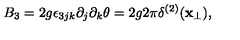
B _ { 3 } = 2 g \epsilon _ { 3 j k } \partial _ { j } \partial _ { k } \theta = 2 g 2 \pi \delta ^ { ( 2 ) } ( { \bf x } _ { \bot } ) ,